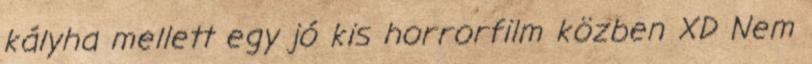
kályha mellett egy jó kis horrorfilm közben XD Nem